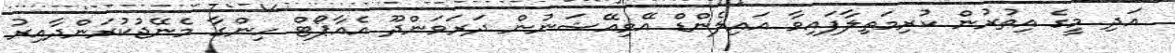
އަދި މީގެ އިތުރުން ކުރިމަތިލާފައިވާ އައިލެންޑް އޭވިއޭޝަނުން ދަރަވަންދޫ އެއާޕޯޓް ހިންގާ މެނޭޖުކުރަންދާއިރު